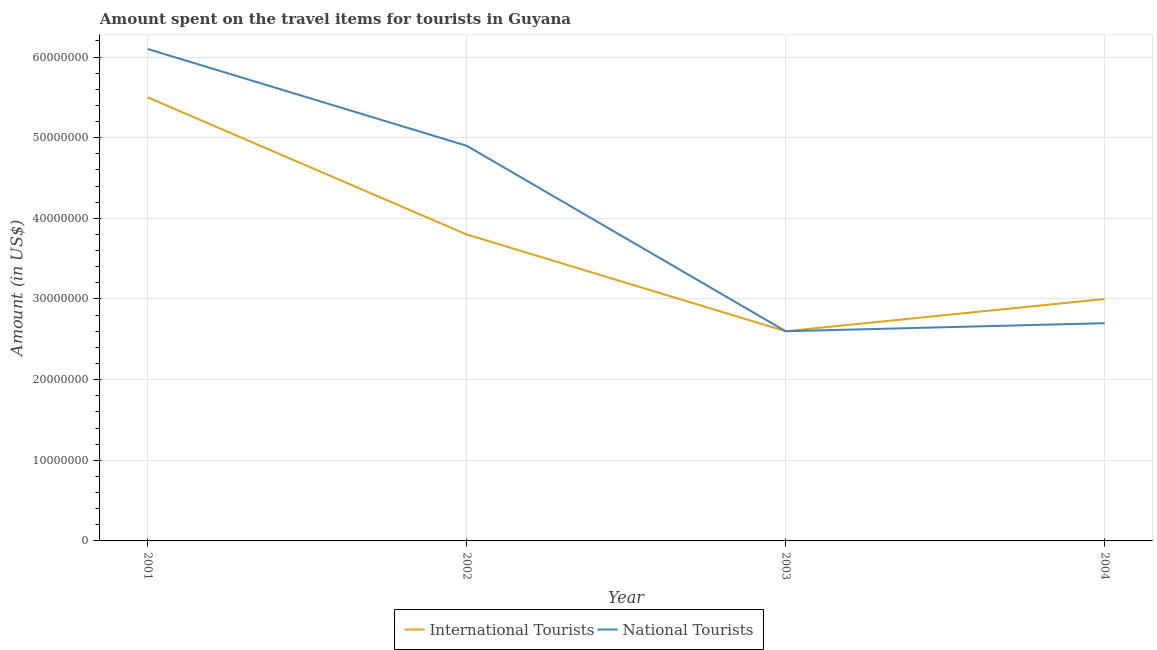
| Year | International Tourists | National Tourists |
 | --- | --- | --- |
 | 2001 | 5.5e+07 | 6.1e+07 |
 | 2002 | 3.8e+07 | 4.9e+07 |
 | 2003 | 2.6e+07 | 2.6e+07 |
 | 2004 | 3e+07 | 2.7e+07 |